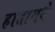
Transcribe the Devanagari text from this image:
हातामधे